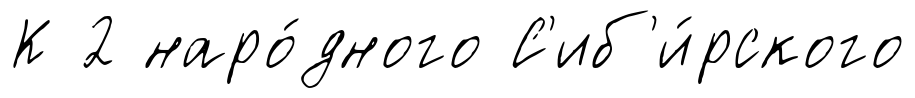
К 2 наро́дного С'иб'и́рского